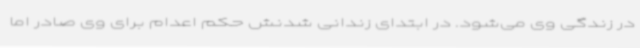
در زندگی وی می‌شود. در ابتدای زندانی شدنش حکم اعدام برای وی صادر اما